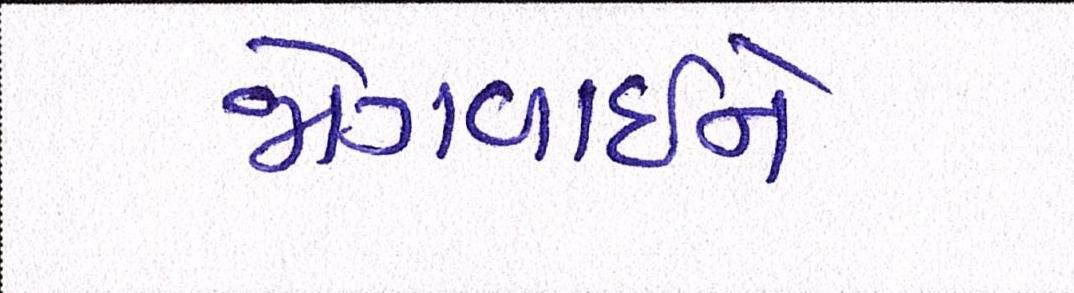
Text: જોગવાઈને